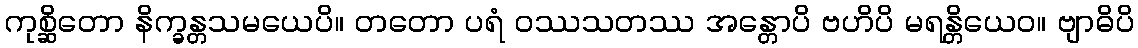
ကုစ္ဆိတော နိက္ခန္တသမယေပိ။ တတော ပရံ ဝဿသတဿ အန္တောပိ ဗဟိပိ မရန္တိယေဝ။ ဗျာဓိပိ